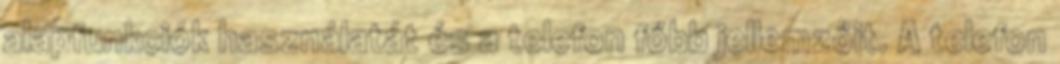
alapfunkciók használatát és a telefon főbb jellemzőit. A telefon